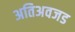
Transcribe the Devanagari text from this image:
अतिअवजड